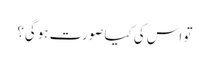
تو اس کی کیا صورت ہوگی؟